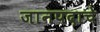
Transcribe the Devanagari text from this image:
जानपदाचे